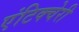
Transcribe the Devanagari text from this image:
एंटिक्चेरी